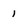
Character: 1